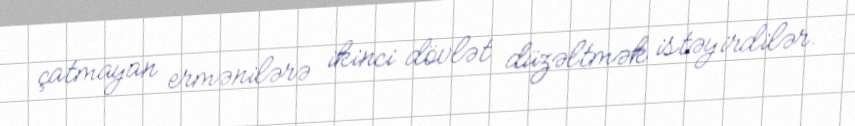
çatmayan ermənilərə ikinci dövlət düzəltmək istəyirdilər.